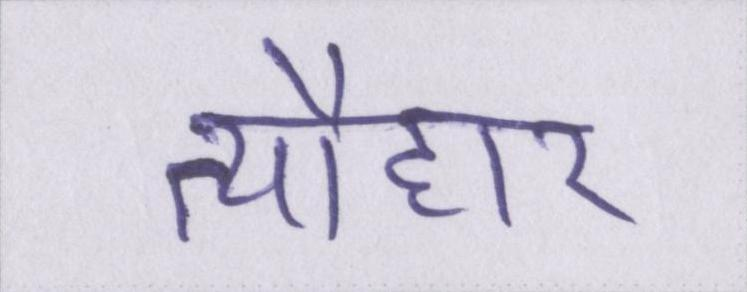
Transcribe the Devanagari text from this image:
त्यौहार